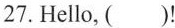
27. Hello, ( ) !